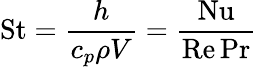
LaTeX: \mathrm{St}={\frac{h}{c_{p}\rho V}}={\frac{\mathrm{Nu}}{\mathrm{Re}\, \mathrm{Pr}}}